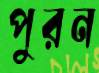
পুরন